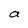
Character: a